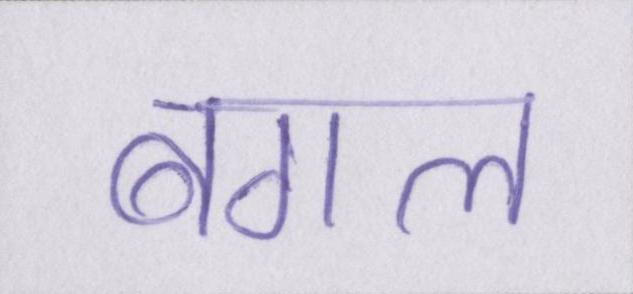
बगल